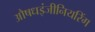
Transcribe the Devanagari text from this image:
औषधइंजीनियरिंग